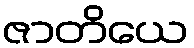
ဇာတိယေ